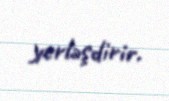
yerləşdirir.